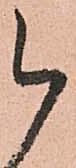
被